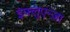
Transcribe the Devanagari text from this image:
इंफ्लुएन्ज़ा